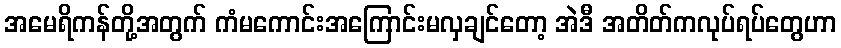
အမေရိကန်တို့အတွက် ကံမကောင်းအကြောင်းမလှချင်တော့ အဲဒီ အတိတ်ကလုပ်ရပ်တွေဟာ